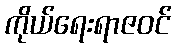
ကိုယ်ရေးရာဇဝင်